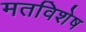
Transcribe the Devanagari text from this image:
मतविशेष